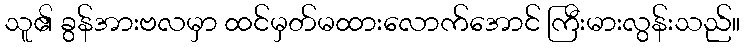
သူ၏ ခွန်အားဗလမှာ ထင်မှတ်မထားလောက်အောင် ကြီးမားလွန်းသည်။